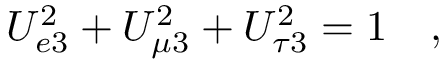
U _ { e 3 } ^ { 2 } + U _ { \mu 3 } ^ { 2 } + U _ { \tau 3 } ^ { 2 } = 1 \quad ,